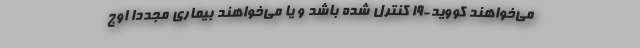
می‌خواهند کووید-۱۹ کنترل شده باشد و یا می‌خواهند بیماری مجددا اوج